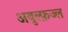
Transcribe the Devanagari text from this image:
अबुल्फ़ज्ल